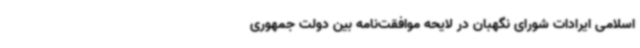
اسلامی ایرادات شورای نگهبان در لایحه موافقت‌نامه بین دولت جمهوری